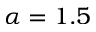
\alpha = 1 . 5